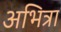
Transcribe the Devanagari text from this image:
अभित्रा